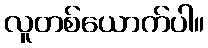
လူတစ်ယောက်ပါ။